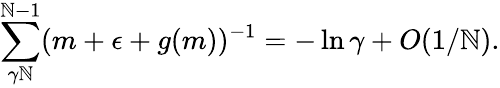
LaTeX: \sum_{\gamma\mathbb{N}}^{\mathbb{N}-1}(m+\epsilon+g(m))^{-1}=-\ln\gamma+O(1/\mathbb{N}).